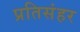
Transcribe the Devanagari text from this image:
प्रतिसंहर